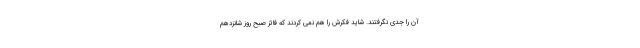
آن را جدی نگرفتند. شاید فکرش را هم نمی کردند که فائز صبح روز شانزدهم